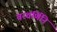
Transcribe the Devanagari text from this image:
वरवर्णिनि